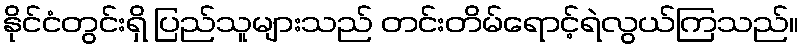
နိုင်ငံတွင်းရှိ ပြည်သူများသည် တင်းတိမ်ရောင့်ရဲလွယ်ကြသည်။